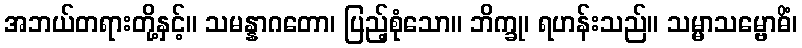
အဘယ်တရားတို့နှင့်။ သမန္နာဂတော၊ ပြည့်စုံသော။ ဘိက္ခု၊ ရဟန်းသည်။ သမ္မာသမ္ဗောဓိံ၊